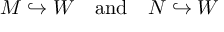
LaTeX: M \hookrightarrow W \quad { \mathrm { a n d } } \quad N \hookrightarrow W